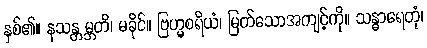
နှစ်၏။ နသန္တမ္ဘတိ၊ မခိုင်။ ဗြဟ္မစရိယံ၊ မြတ်သောအကျင့်ကို။ သန္ဓာရေတုံ၊